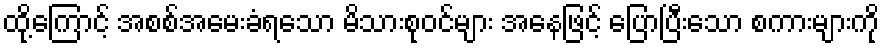
ထို့ကြောင့် အစစ်အမေးခံရသော မိသားစုဝင်များ အနေဖြင့် ပြောပြီးသော စကားများကို